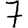
Digit: 7